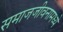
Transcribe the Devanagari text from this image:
समाजजीवनामध्ये